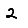
Digit: 2